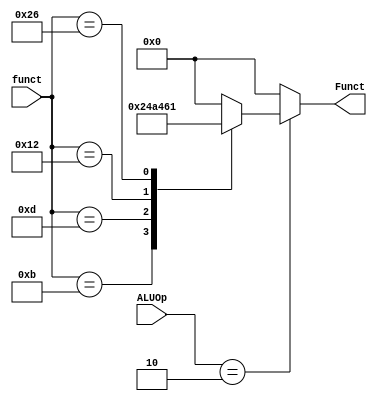
`define addu 6'b 001001
`define subu 6'b 001010
`define AND  6'b 010001
`define sll  6'b 100001

`define input_addu 6'b 001011
`define input_subu 6'b 001101
`define input_and  6'b 010010
`define input_sll  6'b 100110
`define R_type 2'b10

module ALU_Control(
    input     [5:0] funct,
    input     [1:0] ALUOp,
    output  reg   [5:0] Funct
);

always@(funct or ALUOp)
    begin
        case(ALUOp)
            `R_type:
                begin
                    case(funct)
                        `input_addu : Funct = `addu;
                        `input_subu : Funct = `subu;
                        `input_and  : Funct = `AND;
                        `input_sll  : Funct = `sll;
                        default: Funct = 0;
                    endcase
                end
            default:    Funct = 0;
        endcase
    end
endmodule